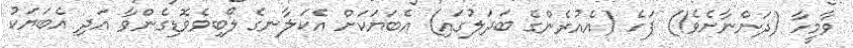
ވާމީހާ (ދަންނާށެވެ!) ފަހެ (އެއުރެންގެ ބަދަލުގައި) އެބަޔަކަށް އެކަލާނގެ ލޯބިވެވޮޑިގެންވާ އަދި އެބަޔަކު